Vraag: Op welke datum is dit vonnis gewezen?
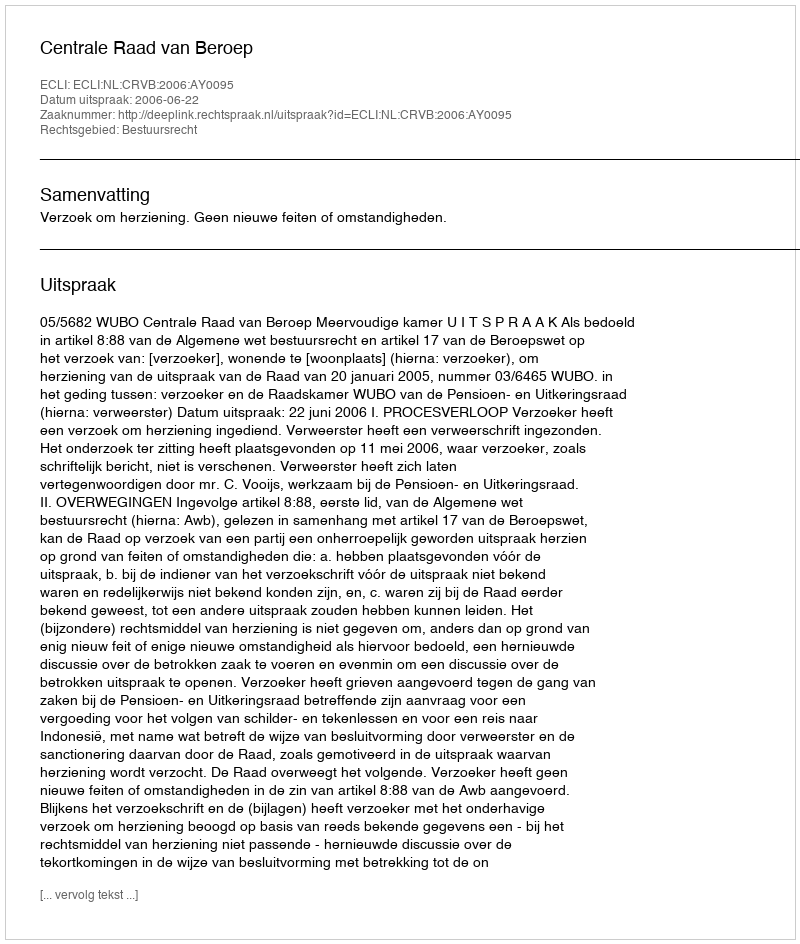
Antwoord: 2006-06-22